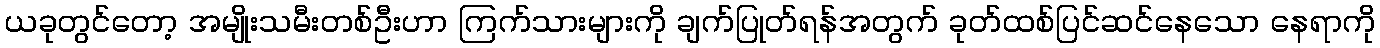
ယခုတွင်တော့ အမျိုးသမီးတစ်ဦးဟာ ကြက်သားများကို ချက်ပြုတ်ရန်အတွက် ခုတ်ထစ်ပြင်ဆင်နေသော နေရာကို